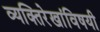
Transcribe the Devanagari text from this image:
व्यक्तिरेखांविषयी